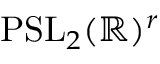
\mathrm { P S L } _ { 2 } ( \mathbb { R } ) ^ { r }